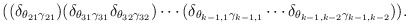
\begin{align*}((\delta_{\theta_{21}\gamma_{21}})(\delta_{\theta_{31}\gamma_{31}}\delta_{\theta_{32}\gamma_{32}})\cdots(\delta_{\theta_{k-1,1}\gamma_{k-1,1}}\cdots\delta_{\theta_{k-1,k-2}\gamma_{k-1,k-2}})).\end{align*}